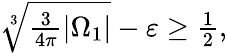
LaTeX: \begin{array}{r}{\sqrt[3]{\frac{3}{4\pi}|\Omega_{1}|}-\varepsilon\geq\frac{1}{2},}\end{array}